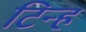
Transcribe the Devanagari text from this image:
टिन्ह